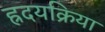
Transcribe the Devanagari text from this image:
ह्रदयक्रिया